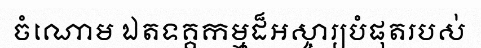
ចំណោម ឯតទគ្គកម្មដ៏អស្ចារ្យបំផុតរបស់